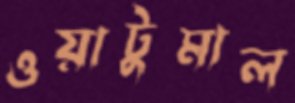
ওয়াটুমাল